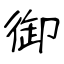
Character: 御